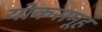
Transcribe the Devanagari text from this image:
योकसमूह